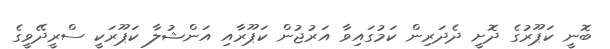
ބޮނީ ކަޕޫރުގެ ދޮށީ ދެދަރިން ކަމުގައިވާ އަރުޖުން ކަޕޫރާއި އަންޝުލާ ކަޕޫރަކީ ސްރީދޭވީގެ